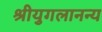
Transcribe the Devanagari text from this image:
श्रीयुगलानन्य